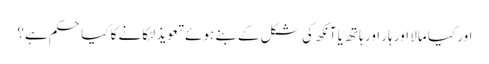
اور کیا مالا اور ہار اور ہاتھ یا آنکھ کی شکل کے بنے ہوئے تعویذ لٹکانے کا کیا حکم ہے؟